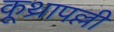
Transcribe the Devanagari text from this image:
कूथ्रापल्ली